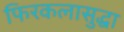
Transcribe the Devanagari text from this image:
फिरकलासुद्धा